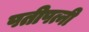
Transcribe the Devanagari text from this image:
पतीपत्नी